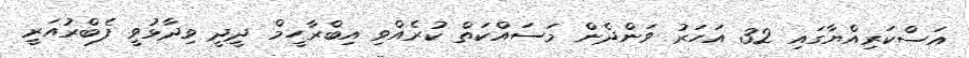
އަސްކަރިއްޔާގައި 32 އަހަރު ވަންދެން މަސައްކަތް ކުރެއްވި އިބްރާހީމް ދީދީ ވިދާޅުވީ ފެބްރުއަރީ